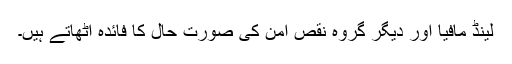
لینڈ مافیا اور دیگر گروہ نقصِ امن کی صورتِ حال کا فائدہ اٹھاتے ہیں۔